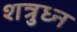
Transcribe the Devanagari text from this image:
शत्रुध्न